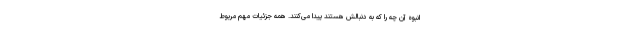
انبوه آن چه را که به دنبالش هستند پیدا می‌کنند. همه جزئیات مهم مربوط